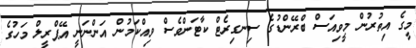
މީގެ އިތުރުން މީވިއަސް ބްރޭންޑުގެ ސިނގިރެޓް ކާޓަންވެސް ވިއްކަމުން އަންނަނީ އޭޕްރީލް މަހުގެ